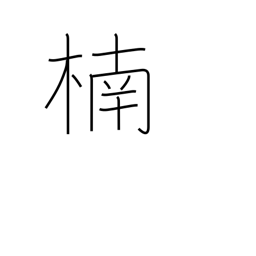
Meaning: camphor tree